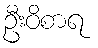
ဦးဝိစာရ